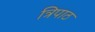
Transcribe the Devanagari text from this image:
त्रिपाठ